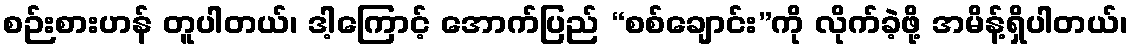
စဉ်းစားဟန် တူပါတယ်၊ ဒါ့ကြောင့် အောက်ပြည် “စစ်ချောင်း”ကို လိုက်ခဲ့ဖို့ အမိန့်ရှိပါတယ်၊